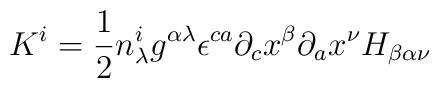
K^{i} = \frac{1}{2} n^{i}_{\lambda}g^{\alpha\lambda}{\epsilon}^{ca}{\partial}_{c}x^{\beta}{\partial}_{a}x^{\nu} H_{\beta\alpha\nu}